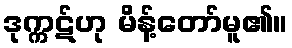
ဒုက္ကဋ်ဟု မိန့်တော်မူ၏။